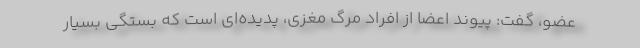
عضو، گفت: پیوند اعضا از افراد مرگ مغزی، پدیده‌ای است که بستگی بسیار